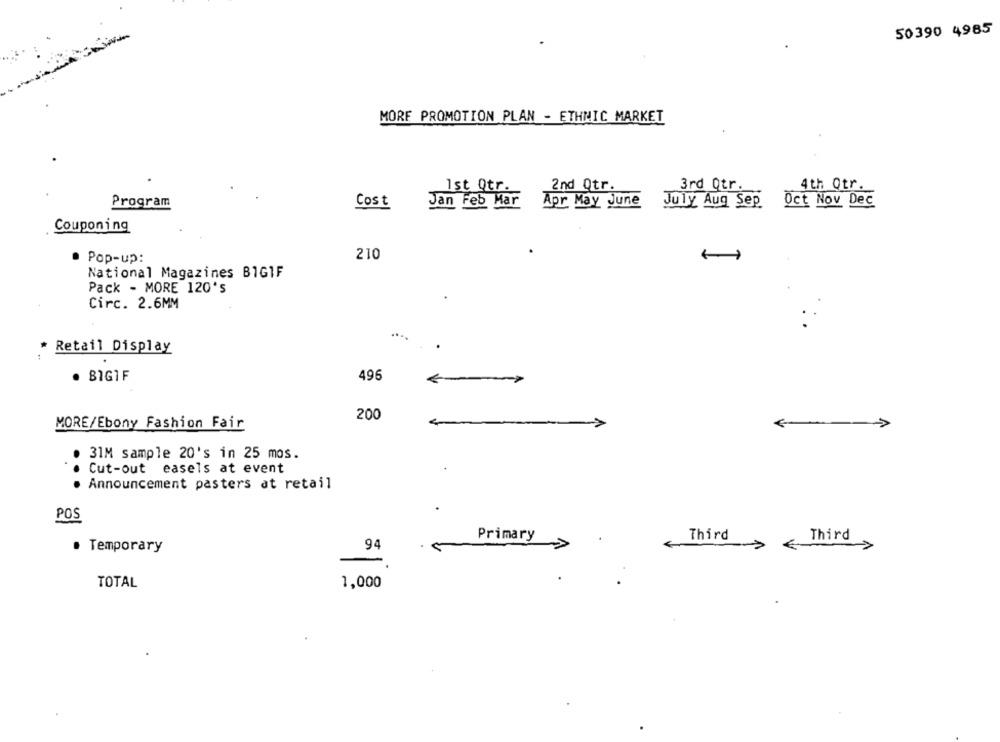
50390 4985
MORE PROMOTION PLAN - ETHNIC MARKET
2nd Qtr.
1st Qtr.
3rd Qtr.
4th Qtr.
Program
Cost
Jan Feb Mar
Apr May June
July Aug Sep Oct Nov Dec
Coupon ing
210
· Pop-up:
National Magazines BIGIF
Pack - MORE 120's
Circ. 2.6MM
* Retail Display
· BIGIF
496
200
MORE/Ebony Fashion Fair
31M sample 20's in 25 mos.
Cut-out easels at event
Announcement pasters at retail
POS
Primary
Third
Third
· Temporary
94
TOTAL
1,000